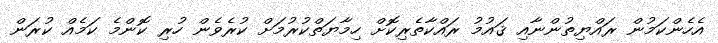
އެހެންކަމުން ރައްޔިތުންނާއި ޤައުމު ރައްކާތެރިކޮށް ހިމާޔަތްކުރުމަށް ކުރެވެން ހުރި ކޮންމެ ކަމެއް ކުރަން